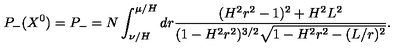
P _ { - } ( X ^ { 0 } ) = P _ { - } = N \int _ { \nu / H } ^ { \mu / H } d r \frac { ( H ^ { 2 } r ^ { 2 } - 1 ) ^ { 2 } + H ^ { 2 } L ^ { 2 } } { ( 1 - H ^ { 2 } r ^ { 2 } ) ^ { 3 / 2 } \sqrt { 1 - H ^ { 2 } r ^ { 2 } - ( L / r ) ^ { 2 } } } .